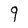
Character: 9